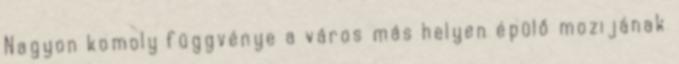
Nagyon komoly függvénye a város más helyen épülő mozijának